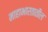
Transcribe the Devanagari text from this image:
माहाभारतातील